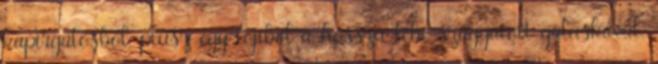
kapirgálósból, plusz egy tojiból a hosszú lébe szaggatott galuskával,